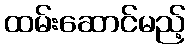
ထမ်းဆောင်မည့်